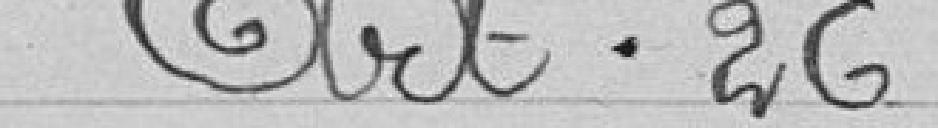
Art.26.....225.03